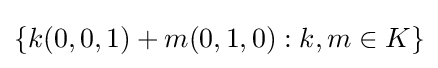
\{k(0,0,1)+m(0,1,0):k,m\in K\}